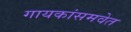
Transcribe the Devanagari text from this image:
गायकांसमवेत